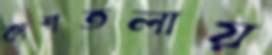
কাশতলায়